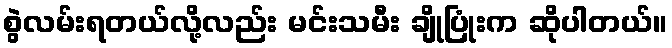
စွဲလမ်းရတယ်လို့လည်း မင်းသမီး ချိုပြုံးက ဆိုပါတယ်။